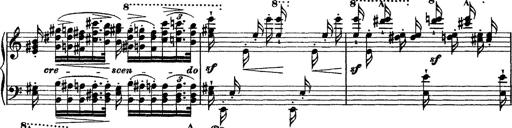
Title: Grande fantasie di bravura sur La clochette
Composer: Franz Liszt
Key: A minor